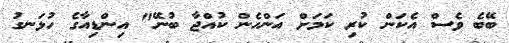
ބޭބެ ވެސް އެކަން ކުރި ކަމަށް އަންހެން ކުއްޖާ ބުނޭ" އިންޑިއާގެ ހުޅަނގު